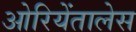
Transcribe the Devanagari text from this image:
ओरियेंतालेस